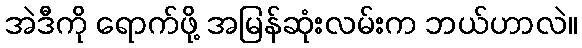
အဲဒီကို ရောက်ဖို့ အမြန်ဆုံးလမ်းက ဘယ်ဟာလဲ။